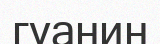
гуанин